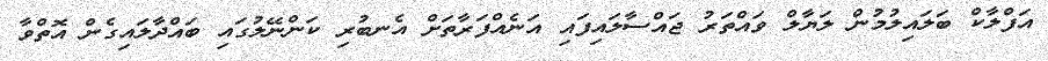
އަފްލާކް ބަލައިލުމުން ލަޔާލް ވައްތަރު ޖައްސާލައިފައި އަނެއްފަރާތަށް އެނބުރި ކަންނޭލުގައި ބައްދާލައިގެން އޮތްވާ